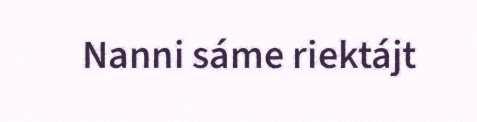
Nanni sáme riektájt